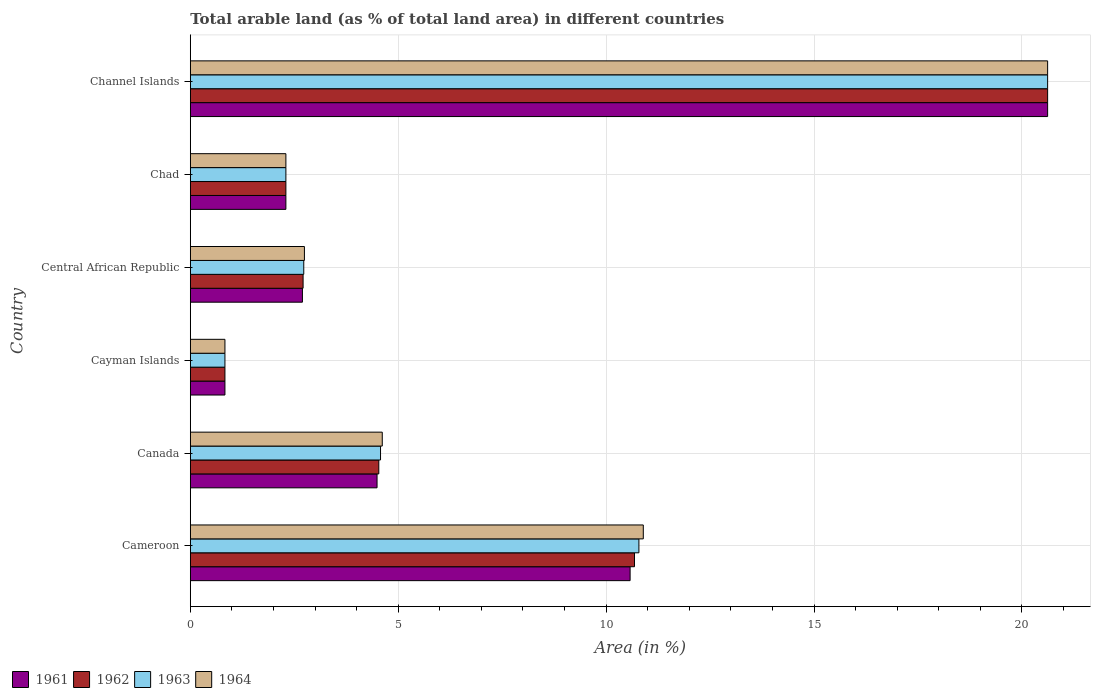
| Country | 1961 | 1962 | 1963 | 1964 |
 | --- | --- | --- | --- | --- |
 | Cameroon | 10.6 | 10.7 | 10.8 | 10.9 |
 | Canada | 4.49 | 4.53 | 4.58 | 4.62 |
 | Cayman Islands | 0.833 | 0.833 | 0.833 | 0.833 |
 | Central African Republic | 2.7 | 2.71 | 2.73 | 2.74 |
 | Chad | 2.3 | 2.3 | 2.3 | 2.3 |
 | Channel Islands | 20.6 | 20.6 | 20.6 | 20.6 |